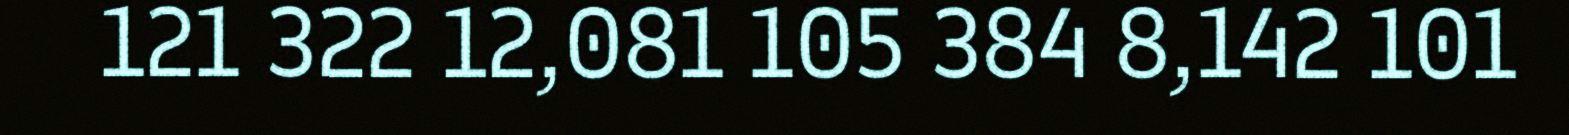
121 322 12,081 105 384 8,142 101